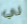
لي